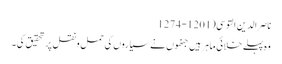
ناصر الدین التوسی(1201-1274
وہ پہلے خلائی ماہر ہیں جنھوں نے سیاروں کی حمل ونقل پر تحقیق کی۔